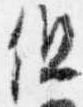
但